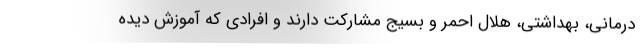
درمانی، بهداشتی، هلال احمر و بسیج مشارکت دارند و افرادی که آموزش دیده